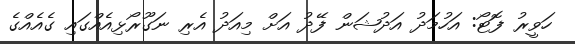
ހަވީރު ފޮޓޯ: އަހުމަދު އަދުޝަން ފޭދު އަށް މިއަދު އެރި ނަގޫރޯޅިއެއްގައި ގެއެއްގެ